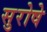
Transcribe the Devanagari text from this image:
सुरोषे